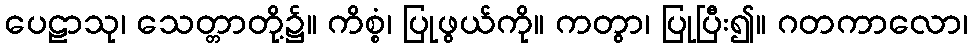
ပေဠာသု၊ သေတ္တာတို့၌။ ကိစ္စံ၊ ပြုဖွယ်ကို။ ကတွာ၊ ပြုပြီး၍။ ဂတကာလော၊